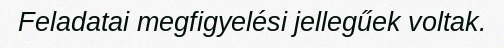
Feladatai megfigyelési jellegűek voltak.